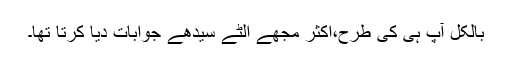
بالکل آپ ہی کی طرح،اکثر مجھے الٹے سیدھے جوابات دیا کرتا تھا۔